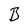
Character: B